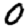
Digit: 0